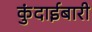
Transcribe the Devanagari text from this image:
कुंदाईबारी